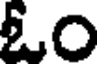
ఓం